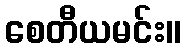
စေတီယမင်း။